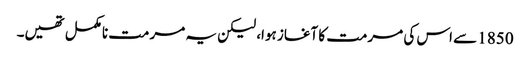
1850 سے اس کی مرمت کا آغاز ہوا، لیکن یہ مرمت نامکمل تھیں۔